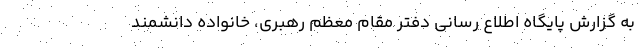
به گزارش پایگاه اطلاع رسانی دفتر مقام معظم رهبری، خانواده دانشمند